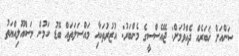
ސަންއަށް ޚަބަރެއް ދެއްވުމަށް: ޖޭއެސްސީގެ މެންބަރު: އުޒުރުތަކާއި މައްސަލަތައް ބޮޑު ކަމުން މަސްއޫލިއްޔަތު